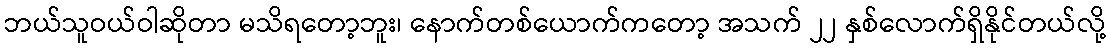
ဘယ်သူဝယ်ဝါဆိုတာ မသိရတော့ဘူး၊ နောက်တစ်ယောက်ကတော့ အသက် ၂၂ နှစ်လောက်ရှိနိုင်တယ်လို့